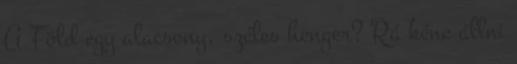
A Föld egy alacsony, széles henger? Rá kéne állni